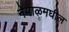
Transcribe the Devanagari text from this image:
नेपाळमघील